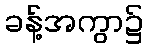
ခန့်အကွာ၌